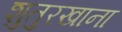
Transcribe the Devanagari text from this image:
शुतुरखाना